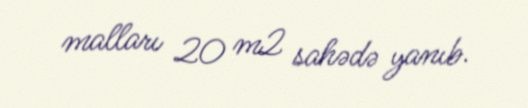
malları 20 m2 sahədə yanıb.